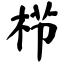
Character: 栉